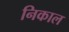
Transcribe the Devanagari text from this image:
निकाल